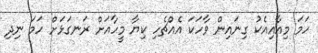
ހަމަ މިއާއިއެކު ގިނައިން ވާހަކަ އެއްޗެހި ކިޔާ މީހާއަށް ރަނގަޅަށް ހަމަ ނިދި